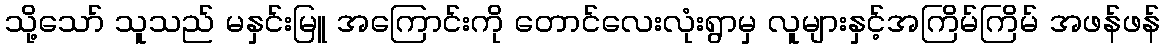
သို့သော် သူသည် မနှင်းမြူ အကြောင်းကို တောင်လေးလုံးရွာမှ လူများနှင့်အကြိမ်ကြိမ် အဖန်ဖန်